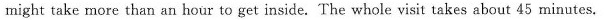
might take more than an hour to get inside. The whole visit takes about 45 minutes.